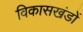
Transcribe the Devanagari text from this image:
विकासखंडों